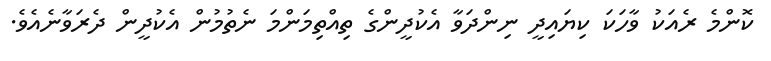
ކޮންމެ ރެއަކު ވާހަކަ ކިޔައިދީ ނިންދަވާ އެކުދީންގެ ތިއްތިމަންމަ ނެތުމުން އެކުދީން ދެރަވާނެއެވެ.